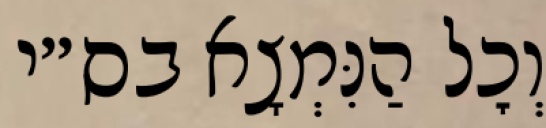
וְכׇל הַנִּמְצָא בס״י